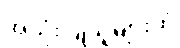
အသုံးပြုသူများထံ